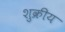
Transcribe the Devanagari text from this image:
शुक्रीय